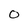
Character: 0